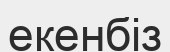
екенбіз